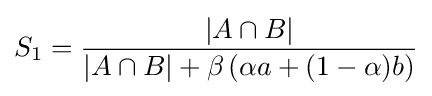
S_{1}={\frac {|A\cap B|}{|A\cap B|+\beta \left(\alpha a+(1-\alpha )b\right)}}